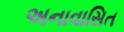
અનાવાસિત